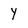
Character: y